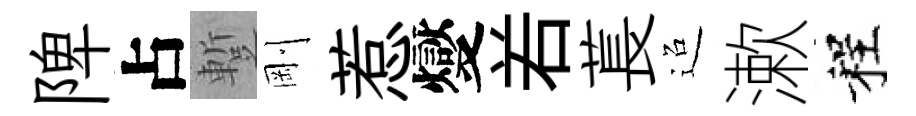
陴占蹔剛惹燮𠰥萇迢漱程